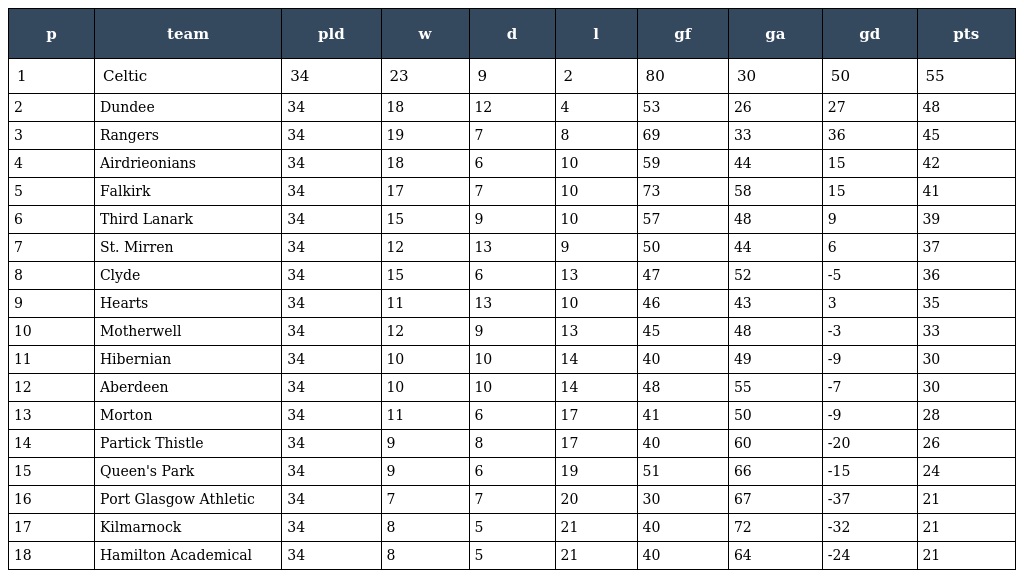
| p | team | pld | w | d | l | gf | ga | gd | pts |
 | --- | --- | --- | --- | --- | --- | --- | --- | --- | --- |
 | 1 | Celtic | 34 | 23 | 9 | 2 | 80 | 30 | 50 | 55 |
 | 2 | Dundee | 34 | 18 | 12 | 4 | 53 | 26 | 27 | 48 |
 | 3 | Rangers | 34 | 19 | 7 | 8 | 69 | 33 | 36 | 45 |
 | 4 | Airdrieonians | 34 | 18 | 6 | 10 | 59 | 44 | 15 | 42 |
 | 5 | Falkirk | 34 | 17 | 7 | 10 | 73 | 58 | 15 | 41 |
 | 6 | Third Lanark | 34 | 15 | 9 | 10 | 57 | 48 | 9 | 39 |
 | 7 | St. Mirren | 34 | 12 | 13 | 9 | 50 | 44 | 6 | 37 |
 | 8 | Clyde | 34 | 15 | 6 | 13 | 47 | 52 | -5 | 36 |
 | 9 | Hearts | 34 | 11 | 13 | 10 | 46 | 43 | 3 | 35 |
 | 10 | Motherwell | 34 | 12 | 9 | 13 | 45 | 48 | -3 | 33 |
 | 11 | Hibernian | 34 | 10 | 10 | 14 | 40 | 49 | -9 | 30 |
 | 12 | Aberdeen | 34 | 10 | 10 | 14 | 48 | 55 | -7 | 30 |
 | 13 | Morton | 34 | 11 | 6 | 17 | 41 | 50 | -9 | 28 |
 | 14 | Partick Thistle | 34 | 9 | 8 | 17 | 40 | 60 | -20 | 26 |
 | 15 | Queen's Park | 34 | 9 | 6 | 19 | 51 | 66 | -15 | 24 |
 | 16 | Port Glasgow Athletic | 34 | 7 | 7 | 20 | 30 | 67 | -37 | 21 |
 | 17 | Kilmarnock | 34 | 8 | 5 | 21 | 40 | 72 | -32 | 21 |
 | 18 | Hamilton Academical | 34 | 8 | 5 | 21 | 40 | 64 | -24 | 21 |